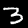
Label: 3